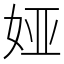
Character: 娅